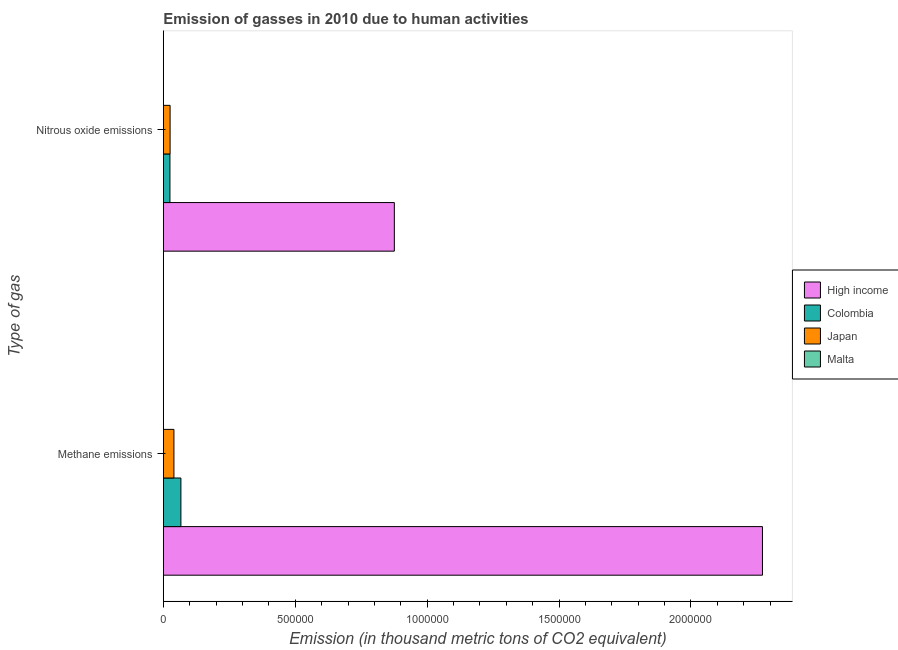
| Type of gas | High income | Colombia | Japan | Malta |
 | --- | --- | --- | --- | --- |
 | Methane emissions | 2.27e+06 | 6.67e+04 | 4.03e+04 | 235 |
 | Nitrous oxide emissions | 8.76e+05 | 2.51e+04 | 2.57e+04 | 60.9 |